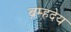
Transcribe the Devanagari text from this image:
ब्रम्हदेय